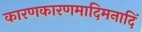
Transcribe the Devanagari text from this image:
कारणकारणमादिमनादिं